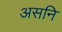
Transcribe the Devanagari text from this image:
असनि